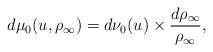
LaTeX: \begin{gather*}d\mu_0(u,\rho_{\infty})=d\nu_0(u) \times \frac{d\rho_{\infty}}{\rho_{\infty}},\end{gather*}